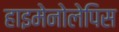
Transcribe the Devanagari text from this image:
हाइमेनोलेपिस